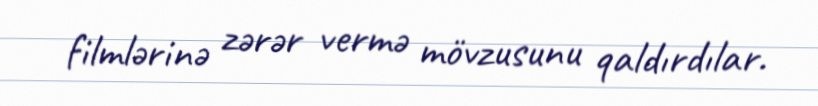
filmlərinə zərər vermə mövzusunu qaldırdılar.